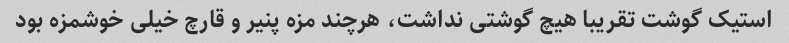
استیک گوشت تقریبا هیچ گوشتی نداشت، هرچند مزه پنیر و قارچ خیلی خوشمزه بود